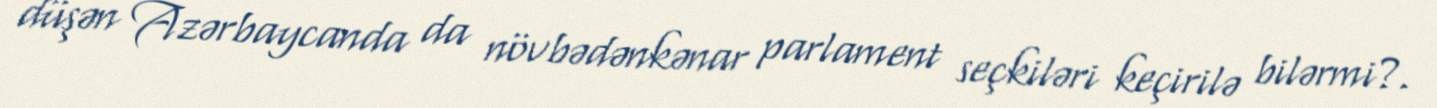
düşən Azərbaycanda da növbədənkənar parlament seçkiləri keçirilə bilərmi?.